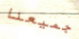
جميعنا